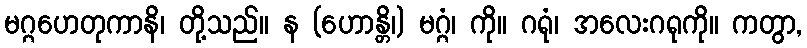
မဂ္ဂဟေတုကာနိ၊ တို့သည်။ န (ဟောန္တိ၊) မဂ္ဂံ၊ ကို။ ဂရုံ၊ အလေးဂရုကို။ ကတွာ,